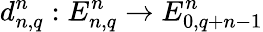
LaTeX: d_{n,q}^{n}:E_{n,q}^{n}\to E_{0,q+n-1}^{n}